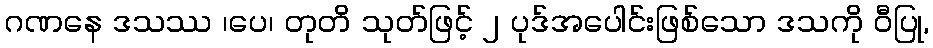
ဂဏနေ ဒသဿ ၊ပေ၊ တုတိ သုတ်ဖြင့် ၂ ပုဒ်အပေါင်းဖြစ်သော ဒသကို ဝီပြု,